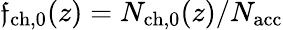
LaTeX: \mathfrak{f}_{\mathrm{{ch,0}}}(z)=N_{\mathrm{{ch,0}}}(z)/{N_{\mathrm{{acc}}}}